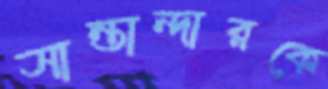
সান্তান্দারকে